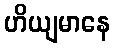
ဟိယျမာနေ